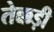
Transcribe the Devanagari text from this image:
तेक्कड़ी